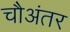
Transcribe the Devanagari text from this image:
चौअंतर